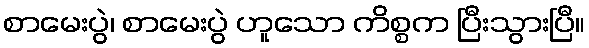
စာမေးပွဲ၊ စာမေးပွဲ ဟူသော ကိစ္စက ပြီးသွားပြီ။